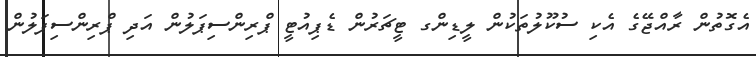
އެގޮތުން ރާއްޖޭގެ އެކި ސުކޫލުތަކުން ލީޑިންގ ޓީޗަރުން ޑެޕިއުޓީ ޕްރިންސިޕަލުން އަދި ޕްރިންސިޕަލުން